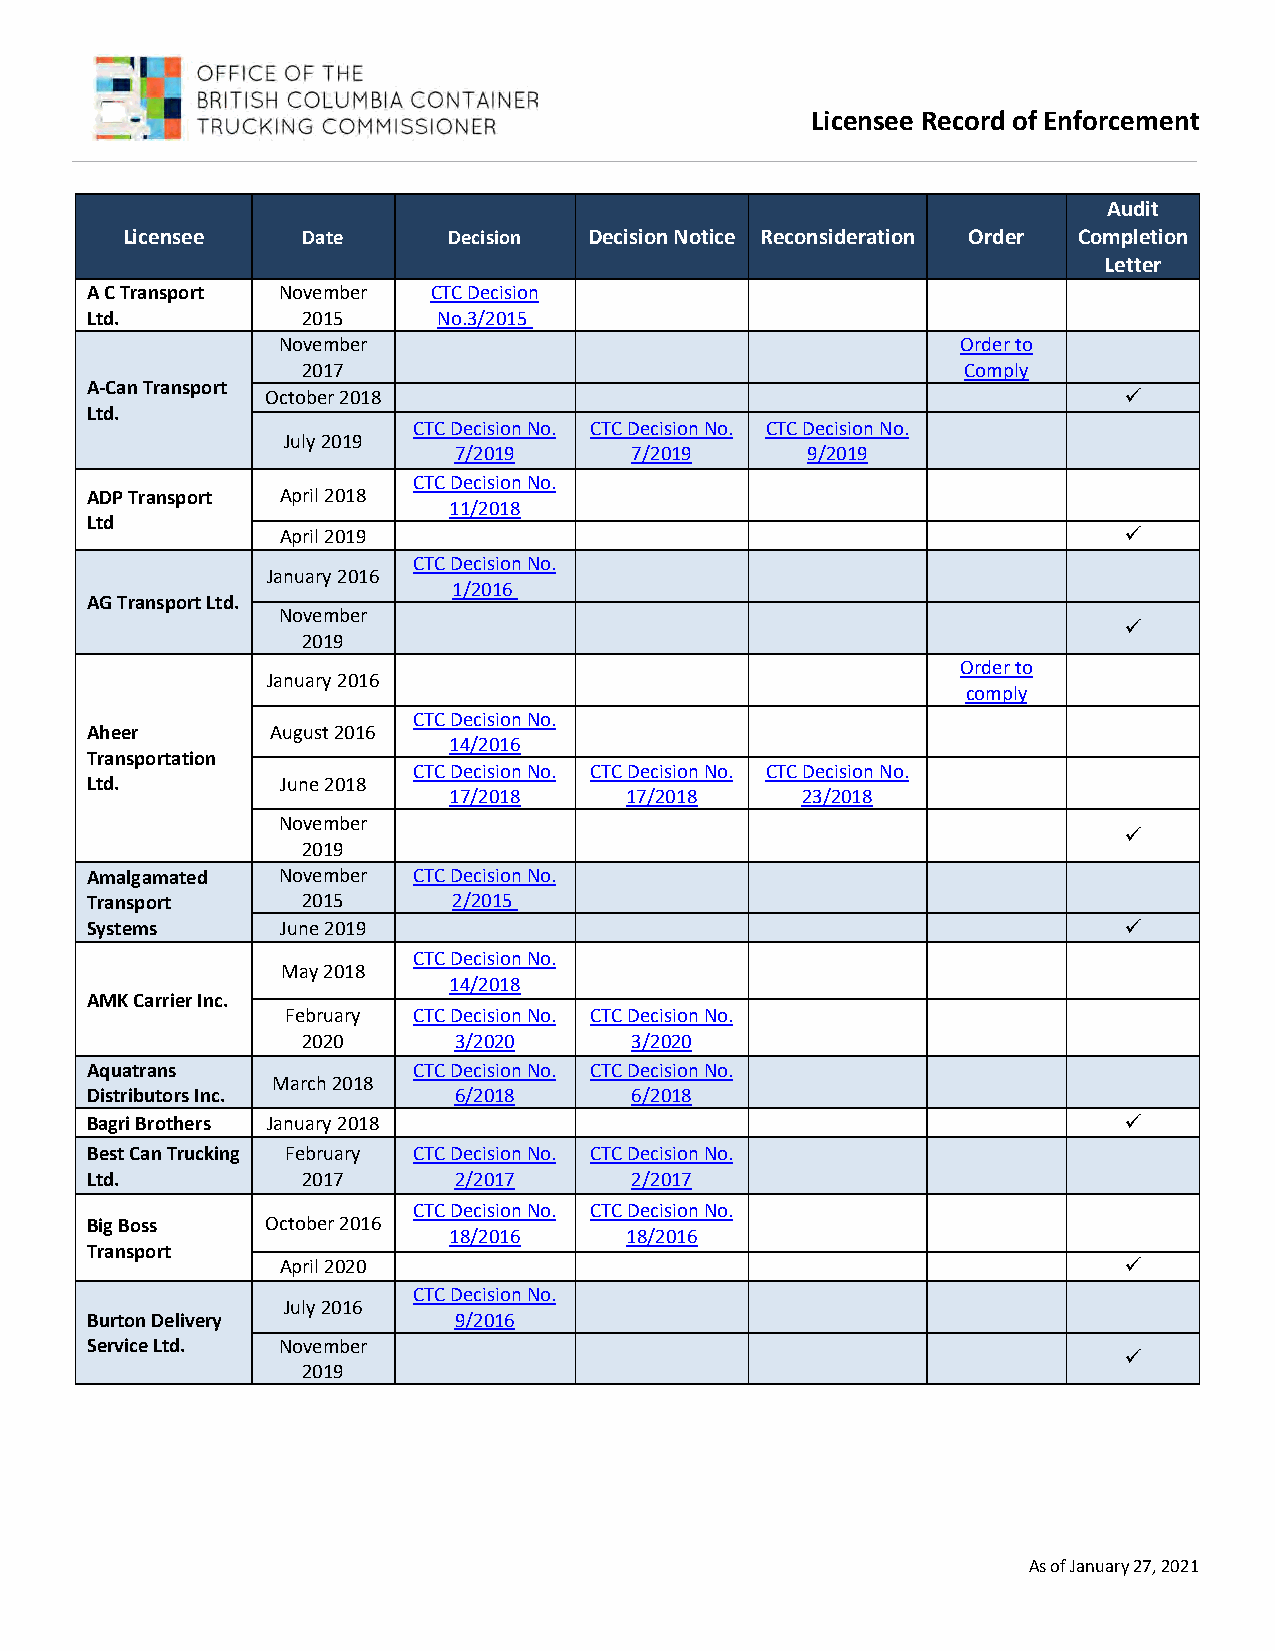
Licensee Record of Enforcement
 Audit
 Licensee    Date      Decision Decision Notice Reconsideration Order Completion
 Letter
 A C Transport November CTC Decision
 Ltd.          2015     No.3/2015
 November                                      Order to
 2017                                        Comply
 A-Can Transport
 October 2018                                            
 Ltd.
 CTC Decision No. CTC Decision No. CTC Decision No.
 July 2019
 7/2019      7/2019     9/2019
 CTC Decision No.
 ADP Transport April 2018
 11/2018
 Ltd
 April 2019                                             
 CTC Decision No.
 January 2016
 1/2016
 AG Transport Ltd.
 November
 
 2019
 Order to
 January 2016
 comply
 CTC Decision No.
 Aheer       August 2016
 14/2016
 Transportation
 CTC Decision No. CTC Decision No. CTC Decision No.
 Ltd.         June 2018
 17/2018    17/2018     23/2018
 November
 
 2019
 Amalgamated November CTC Decision No.
 Transport     2015      2/2015
 Systems      June 2019                                              
 CTC Decision No.
 May 2018
 14/2018
 AMK Carrier Inc.
 February CTC Decision No. CTC Decision No.
 2020      3/2020      3/2020
 Aquatrans            CTC Decision No. CTC Decision No.
 March 2018
 Distributors Inc.       6/2018      6/2018
 Bagri Brothers January 2018                                         
 Best Can Trucking February CTC Decision No. CTC Decision No.
 Ltd.          2017      2/2017      2/2017
 CTC Decision No. CTC Decision No.
 Big Boss    October 2016
 18/2016    18/2016
 Transport
 April 2020                                             
 CTC Decision No.
 July 2016
 Burton Delivery         9/2016
 Service Ltd. November
 
 2019
 As of January 27, 2021